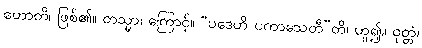
ဟောတိ၊ ဖြစ်၏။ တသ္မာ၊ ကြောင့်။ “ပဒေဟိ ပကာသေတီ”တိ၊ ဟူ၍။ ဝုတ္တံ၊